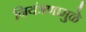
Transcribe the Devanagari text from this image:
नियंत्रणामुळे